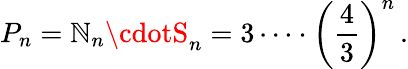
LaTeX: P_{n}=\mathbb{N}_{n}\cdotS_{n}=3\cdots\cdot{\left({\frac{{4}}{{3}}}\right)}^{n}\, .